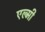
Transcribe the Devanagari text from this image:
एल्मी